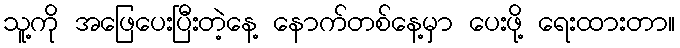
သူ့ကို အဖြေပေးပြီးတဲ့နေ့ နောက်တစ်နေ့မှာ ပေးဖို့ ရေးထားတာ။